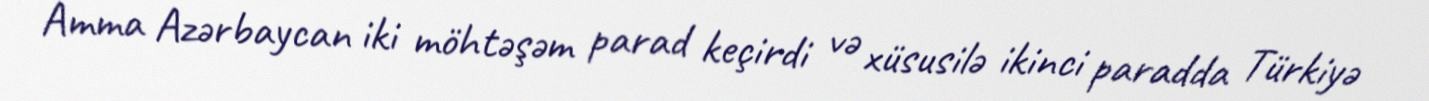
Amma Azərbaycan iki möhtəşəm parad keçirdi və xüsusilə ikinci paradda Türkiyə